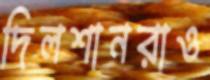
দিলশানরাও